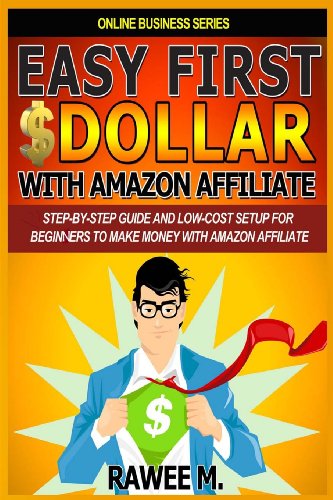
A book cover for Easy First $Dollar With Amazon Affiliate: Step-By-Step Guide and  Low-Cost Setup for Beginners  to Make Money with  Amazon Affiliate. (Online Business Series); Rawee M.; Computers & Technology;